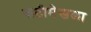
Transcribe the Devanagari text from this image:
कटीमेखळा